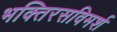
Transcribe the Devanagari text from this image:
भक्तिरसविमर्श